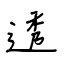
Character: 透